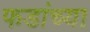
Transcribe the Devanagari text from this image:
फडांच्या